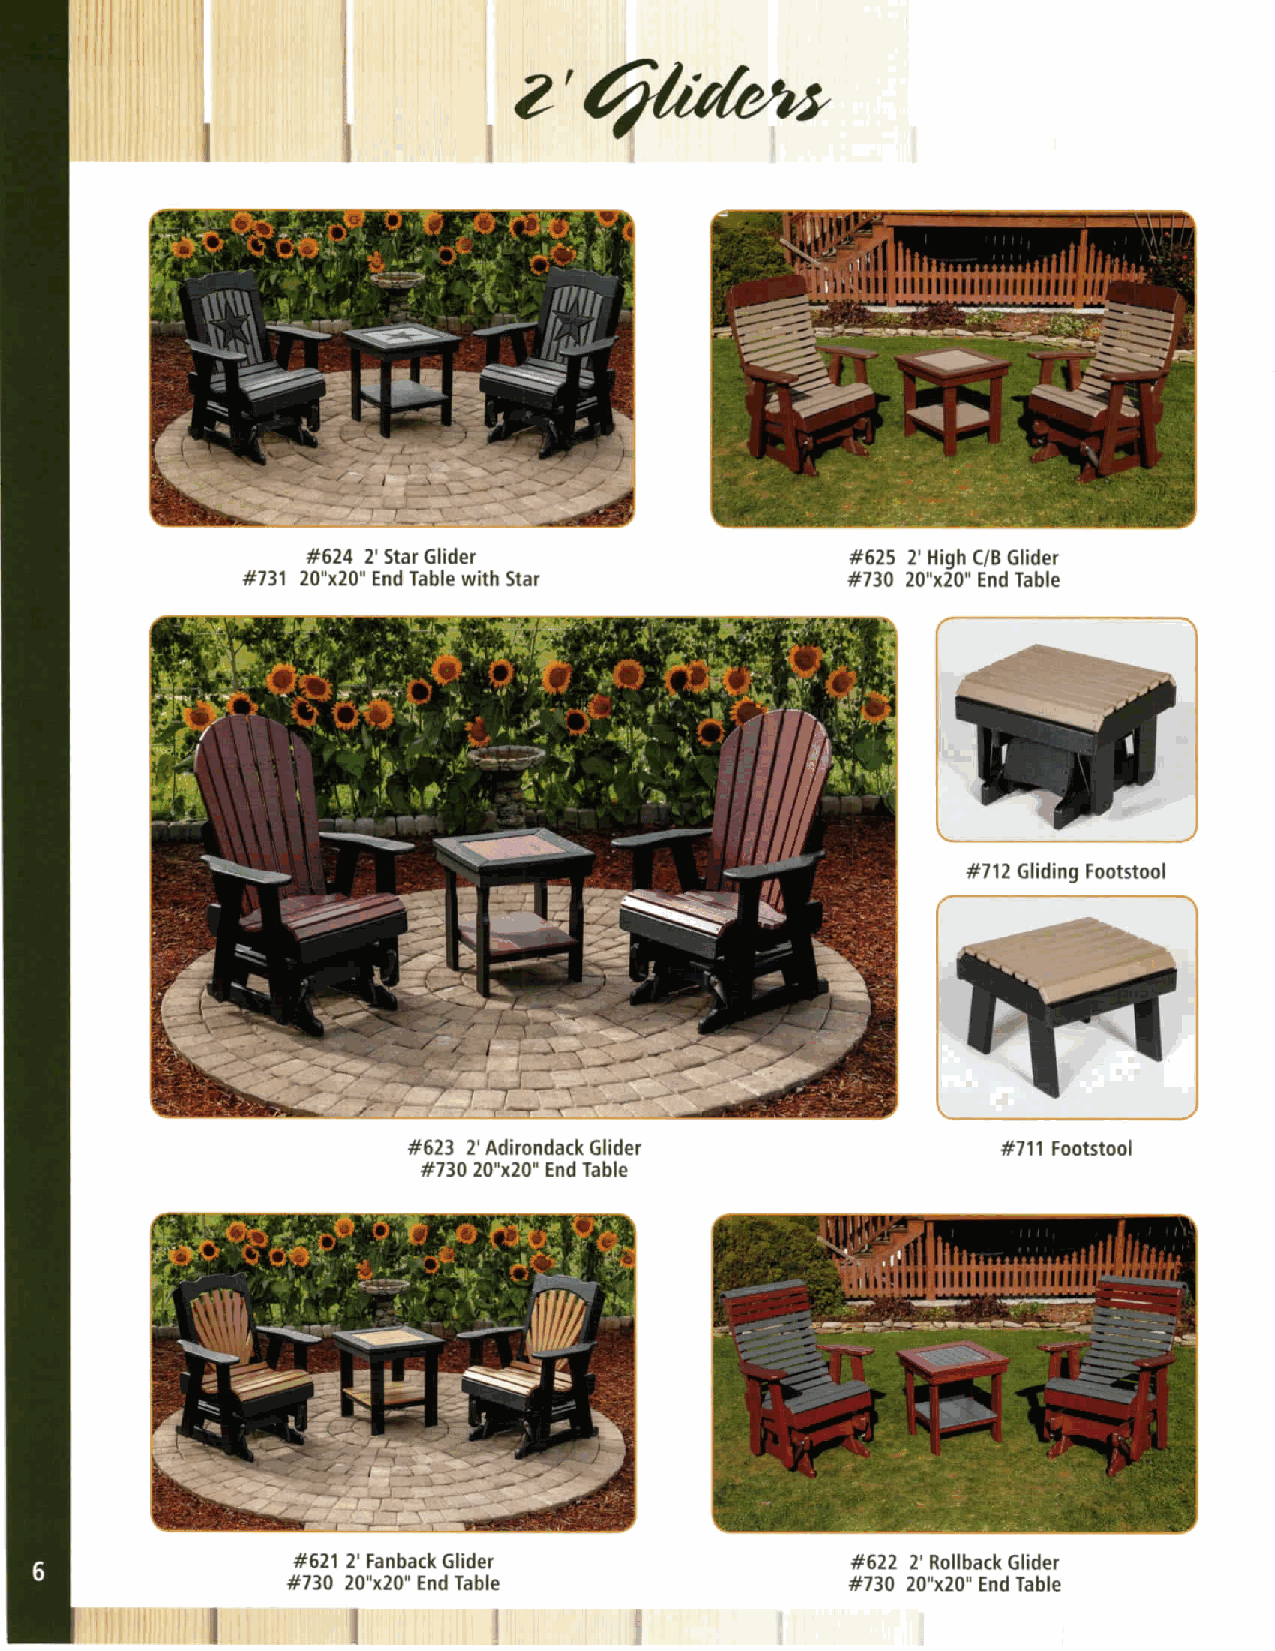
#624 2' Star Glider
 #731 20"x20" End Table with Star        #§}3Z##giic!nBdG#adbe,'e
 #712 Gliding Footstool
 #623 2' Adirondack Glider              #711 Footstool
 #730 20"x20" End Table
 #621 2' Fanback Glider               #622 2' Rollback Glider
 #730 20"x20" End Table               #730 20"x20" End Table
 _-:i:: --L,I+I